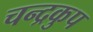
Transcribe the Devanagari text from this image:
चन्द्रकुप